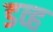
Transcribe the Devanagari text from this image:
डव्ह